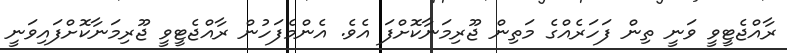
ރާއްޖެޓީވީ ވަނީ ތިން ފަހަރެއްގެ މަތިން ޖޫރިމަނާކޮށްފަ އެވެ. އެންމެފަހުން ރާއްޖެޓީވީ ޖޫރިމަނާކޮށްފައިވަނީ